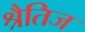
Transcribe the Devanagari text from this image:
श्रैतिज